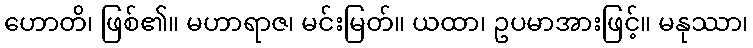
ဟောတိ၊ ဖြစ်၏။ မဟာရာဇ၊ မင်းမြတ်။ ယထာ၊ ဥပမာအားဖြင့်။ မနုဿာ၊